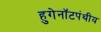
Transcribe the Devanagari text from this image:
हुगेनॉटपंथीय